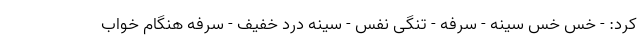
کرد: - خس خس سینه - سرفه - تنگی نفس - سینه درد خفیف - سرفه هنگام خواب